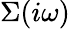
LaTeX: \Sigma(i\omega)